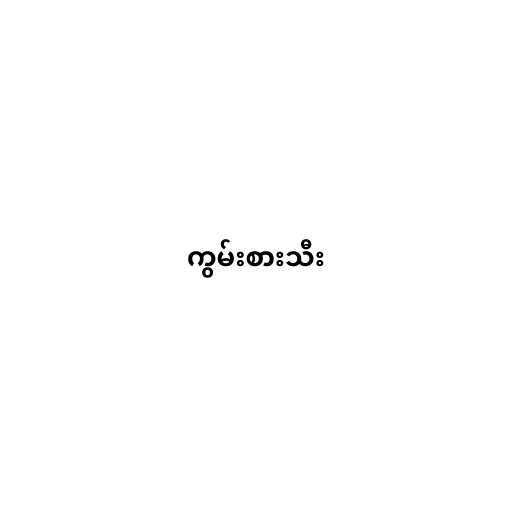
ကွမ်းစားသီး